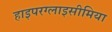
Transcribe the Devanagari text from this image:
हाइपरग्लाइसीमिया